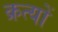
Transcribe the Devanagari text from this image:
क्रत्यों